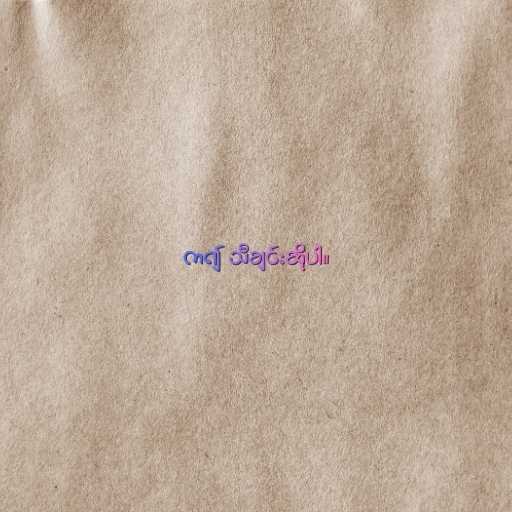
က၍ သီချင်းဆိုပါ။